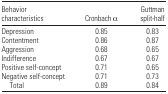
| Behavior characteristics | Cronbach α | Guttman split-half |
 | --- | --- | --- |
 | Depression | 0.85 | 0.83 |
 | Contentment | 0.86 | 0.87 |
 | Aggression | 0.68 | 0.65 |
 | Indifference | 0.67 | 0.67 |
 | Positive self-concept | 0.71 | 0.65 |
 | Negative self-concept | 0.71 | 0.73 |
 | Total | 0.89 | 0.84 |